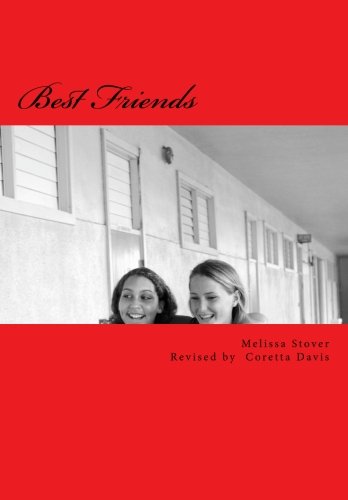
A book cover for Best Friends; Melissa Henry Stover; Biographies & Memoirs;